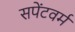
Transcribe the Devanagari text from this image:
सपेंटवर्म